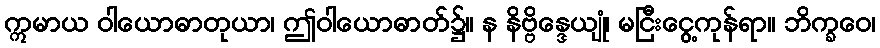
ဣမာယ ဝါယောဓာတုယာ၊ ဤဝါယောဓာတ်၌။ န နိဗ္ဗိန္ဒေယျုံ၊ မငြီးငွေ့ကုန်ရာ။ ဘိက္ခဝေ၊